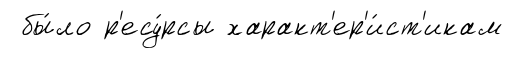
бы́ло р'есу́рсы характ'ер'и́ст'икам